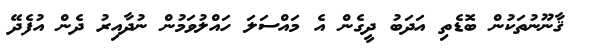
ޤާނޫނުތަކުން ބޮޑެތި އަދަބު ދީގެން އެ މައްސަލަ ހައްލުވަމުން ނުދާއިރު ދެން އުފެދޭ